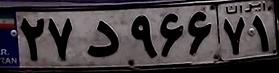
۲۷د۹۶۶۷۱